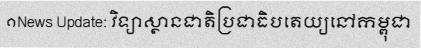
១News Update: វិទ្យាស្ថានជាតិប្រជាធិបតេយ្យនៅកម្ពុជា